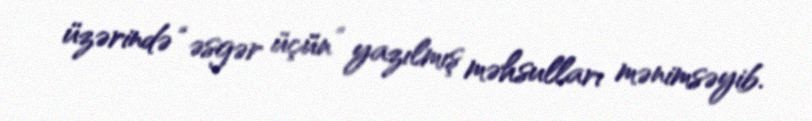
üzərində “əsgər üçün” yazılmış məhsulları mənimsəyib.